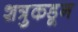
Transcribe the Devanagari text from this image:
शत्रुकडून